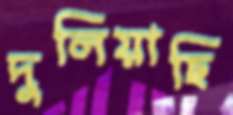
দুলিয়াছি